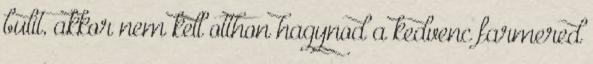
bulit, akkor nem kell otthon hagynod a kedvenc farmered